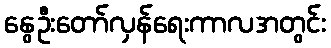
နွေဦးတော်လှန်ရေးကာလအတွင်း